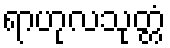
ရာဟုလသုတ္တံ